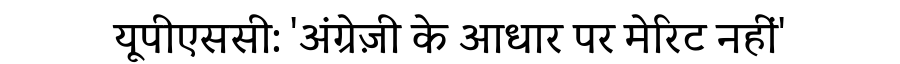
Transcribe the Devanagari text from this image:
यूपीएससी: 'अंग्रेज़ी के आधार पर मेरिट नहीं'